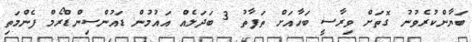
ބަޔާންކުރެވުނު ގޮތަށް ވިރާސީ ބަހާއަށް ތަފާތު 3 ބަދަލެއް އައުމުން ޑައުންސިންޑްރޯމް ފެންމަތި